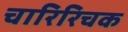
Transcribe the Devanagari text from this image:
चारिरिचक